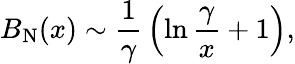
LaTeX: B_{\mathrm{N}}(x)\sim{\frac{1}{\gamma}}\left(\ln{\frac{\gamma}{x}}+1\right),